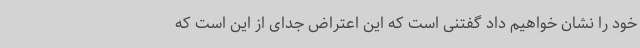
خود را نشان خواهیم داد گفتنی است که این اعتراض جدای از این است که